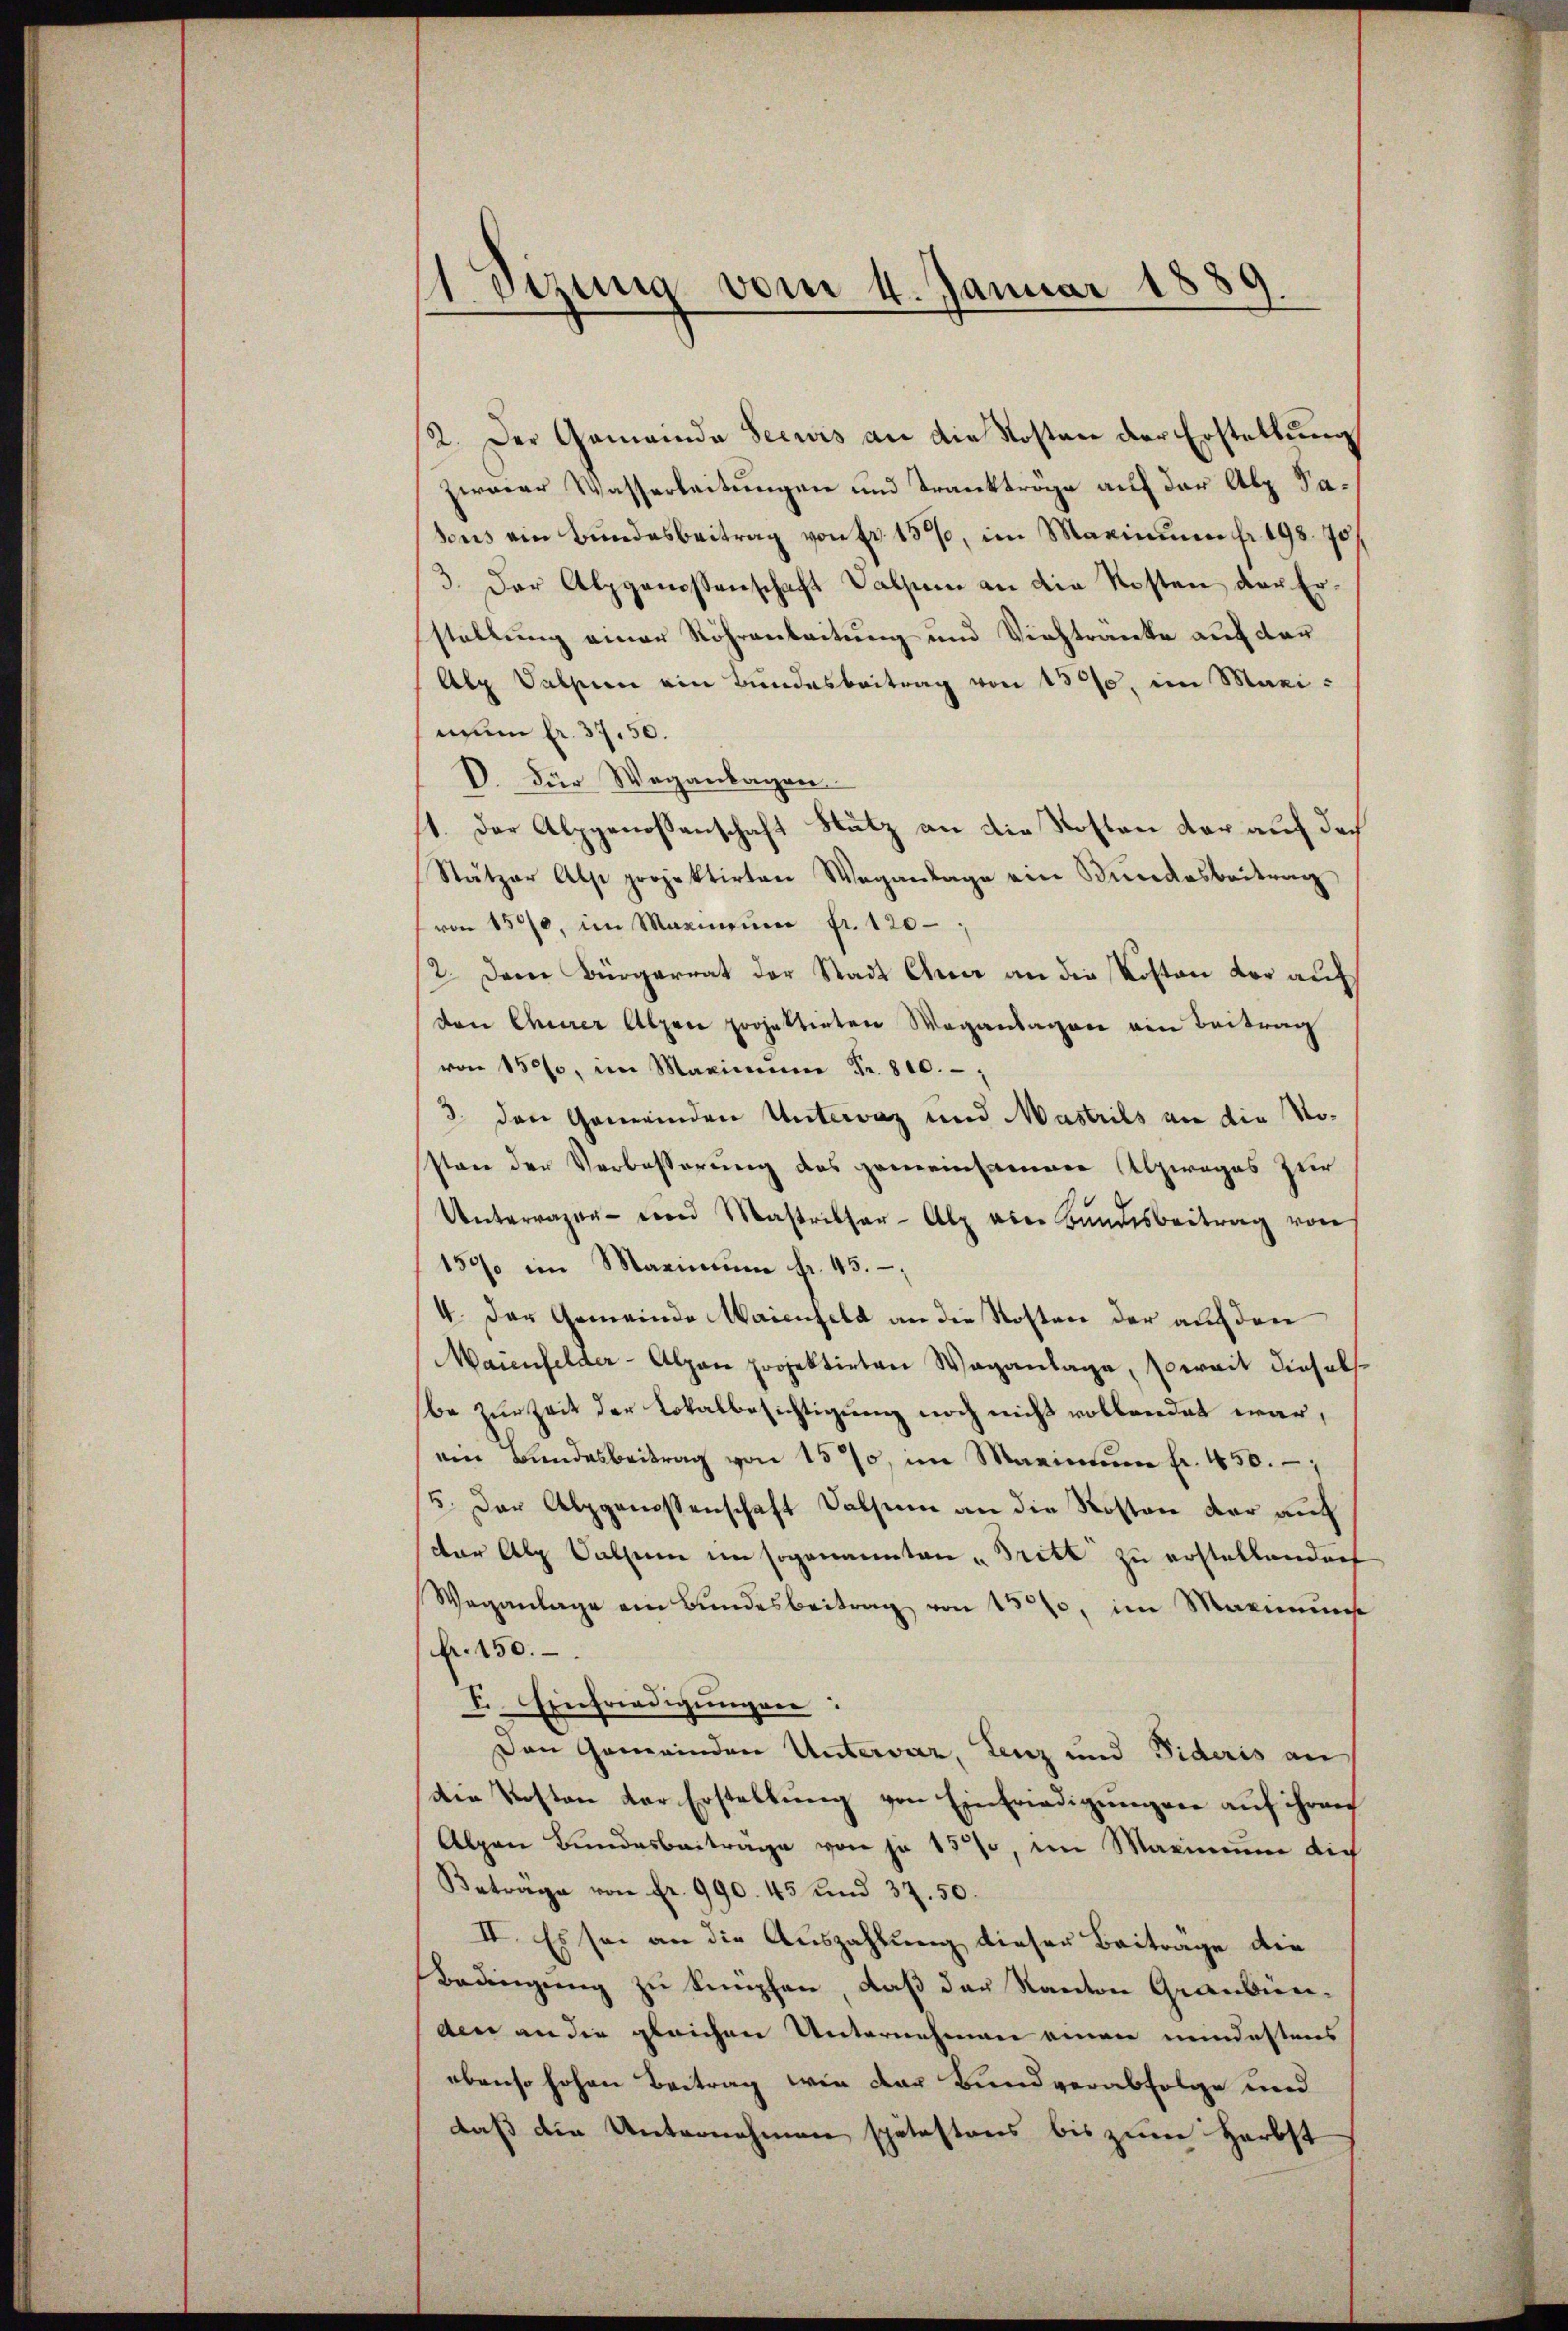
1 Sizung vom 4. Januar 1889.

2. Der Gemeinde Seewis an die Kosten der Erstellung
zwaar Wasserleitungen und Trankträge auf der Alp Sasous ein Bundesbeitrag von fr. 157, im Maximum fr. 198. 70.
3. Der Alpgenossenschaft Valsum an die Kosten der Erstellung einer Röhrenbeitung und Viehtranke auf der
Abg Salzen ein Bundesbeitrag von 1300, im Maxinum fr. 37. 50.
D. Für Weganlagen
1. Der Alpgenossenschaft Nutz an die Kosten der auf doch
Stätzer Alpe projektirten Weganlage ein Biedesbeitrag
von 1570, im Maximŭm fr. 120.
2. Dem Bürgerrat der Stadt Euer an die Kosten vor aufden Churer Alpen projektirten Weganlagen ein Beitrag
von 1520, im Marina Fr. 810.,
3. den Gemeinden Untervaz und Mastries an die Nosten der Verbesserung des gemeinsamen Alpwages zur
Unterrazer von Mastritter-Alp aber Bundesbeitrag von
150 im Maximŭm fr. 45.
4. Der Gemeinde Waienfeld an die Kosten der auf den
Maienfelder-Alpen projektirten Waganlage, soweit diesels
be zur Zeit der Lokalbesichtigung noch nicht vollendet war,
ein Bundesbeitrag von 157, im Maximum fr. 450.
/5. Der Alpgenossenschaft Salsum an die Kosten der auch
der Alp Sachen im sogenannten „Dritt zu erstellendorf
Weganlage ein Bŭndesbeitrag von 130, im Maximus
A. 150.
F. Einfriedigŭngen:
Den Gemeinden Untervaz, Lenz und Fideris an
Die Kosten der Erstellung von Einfriedigungen auf ihren
Alpen Bundesbeitrage von je 15%, im Maximum dich
Betrage von Fr. 990. 45 und 37. 50.
II. Es sei an die Auszahlung dieser Beitrage die
Bedingung zu knüpfen, daß das Kanton Graubünden an die gleichen Unternehmen einen mindestens
ebenso hohen Beitrag wie der Bundverabfolge und
daß die Unternehmen spätestens bis zum Herbst